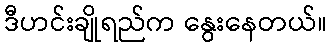
ဒီဟင်းချိုရည်က နွေးနေတယ်။